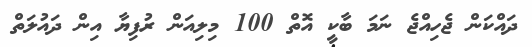
ދައްކަން ޖެހިއްޖެ ނަމަ ބާކީ އޮތް 100 މިލިއަން ރުފިޔާ އިން ދައުލަތް